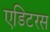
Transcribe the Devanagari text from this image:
एडिटरस